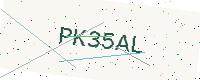
Text: PK35AL